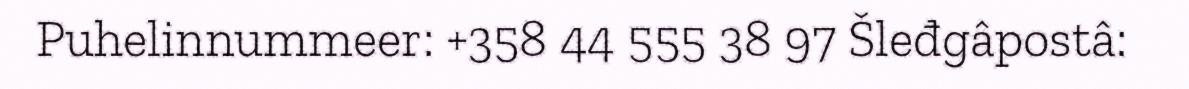
Puhelinnummeer: +358 44 555 38 97 Šleđgâpostâ: